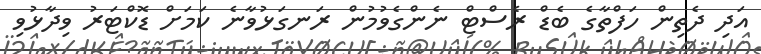
އަދި ދެތިން ހަފްތާގެ ބެޑް ރެސްޓް ނެންގެވުމުން ރަނގަޅުވާނެ ކަމަށް ޑޮކްޓަރު ވިދާޅުވި